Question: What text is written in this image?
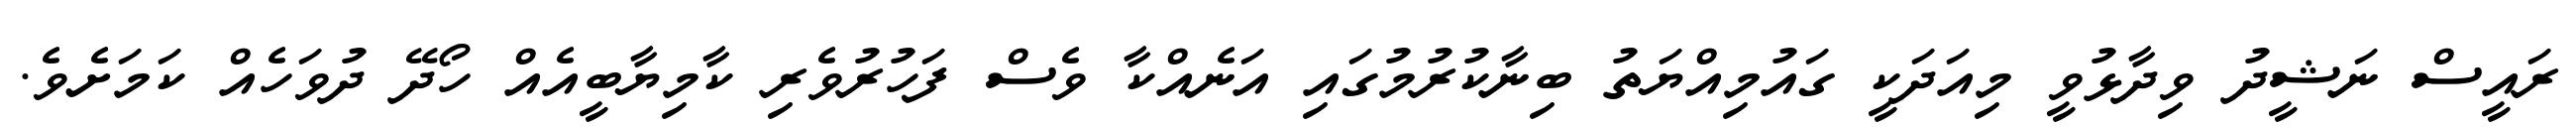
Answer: ރައީސް ނަޝީދު ވިދާޅުވީ މިއަދަކީ ގައުމިއްޔަތު ބިނާކުރުމުގައި އަނެއްކާ ވެސް ފަހުރުވެރި ކާމިޔާބީއެއް ހޯދޭ ދުވަހެއް ކަމަށެވެ.